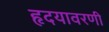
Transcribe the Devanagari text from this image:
हृदयावरणी